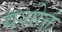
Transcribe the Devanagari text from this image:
यशोक्तं